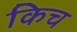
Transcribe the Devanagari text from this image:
किच